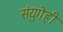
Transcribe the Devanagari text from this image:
संयुगेही